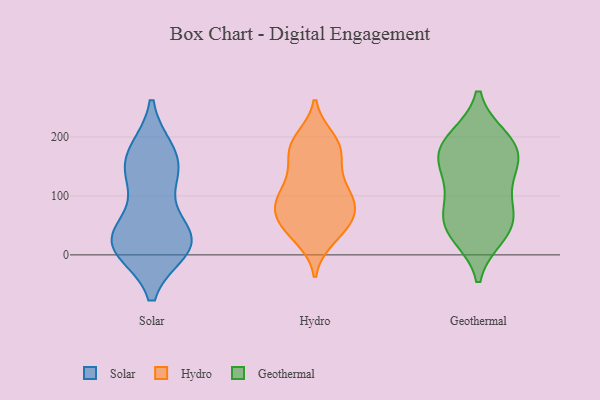
{"axis": {"x": "Customer Acquisition Cost (USD)", "y": "Value"}, "legend": ["Geothermal", "Hydro", "Solar"], "data": [{"x": "", "y": 133, "type": "Solar"}, {"x": "", "y": 11, "type": "Solar"}, {"x": "", "y": 29, "type": "Solar"}, {"x": "", "y": 174, "type": "Solar"}, {"x": "", "y": 129, "type": "Solar"}, {"x": "", "y": 155, "type": "Solar"}, {"x": "", "y": 173, "type": "Solar"}, {"x": "", "y": 20, "type": "Solar"}, {"x": "", "y": 13, "type": "Solar"}, {"x": "", "y": 24, "type": "Solar"}, {"x": "", "y": 25, "type": "Solar"}, {"x": "", "y": 39, "type": "Solar"}, {"x": "", "y": 184, "type": "Hydro"}, {"x": "", "y": 97, "type": "Hydro"}, {"x": "", "y": 68, "type": "Hydro"}, {"x": "", "y": 132, "type": "Hydro"}, {"x": "", "y": 191, "type": "Hydro"}, {"x": "", "y": 177, "type": "Hydro"}, {"x": "", "y": 85, "type": "Hydro"}, {"x": "", "y": 89, "type": "Hydro"}, {"x": "", "y": 81, "type": "Hydro"}, {"x": "", "y": 28, "type": "Hydro"}, {"x": "", "y": 48, "type": "Hydro"}, {"x": "", "y": 183, "type": "Hydro"}, {"x": "", "y": 100, "type": "Hydro"}, {"x": "", "y": 152, "type": "Hydro"}, {"x": "", "y": 53, "type": "Hydro"}, {"x": "", "y": 91, "type": "Hydro"}, {"x": "", "y": 33, "type": "Hydro"}, {"x": "", "y": 197, "type": "Hydro"}, {"x": "", "y": 52, "type": "Hydro"}, {"x": "", "y": 131, "type": "Hydro"}, {"x": "", "y": 66, "type": "Geothermal"}, {"x": "", "y": 33, "type": "Geothermal"}, {"x": "", "y": 48, "type": "Geothermal"}, {"x": "", "y": 99, "type": "Geothermal"}, {"x": "", "y": 168, "type": "Geothermal"}, {"x": "", "y": 158, "type": "Geothermal"}, {"x": "", "y": 38, "type": "Geothermal"}, {"x": "", "y": 131, "type": "Geothermal"}, {"x": "", "y": 72, "type": "Geothermal"}, {"x": "", "y": 187, "type": "Geothermal"}, {"x": "", "y": 196, "type": "Geothermal"}, {"x": "", "y": 198, "type": "Geothermal"}, {"x": "", "y": 154, "type": "Geothermal"}]}